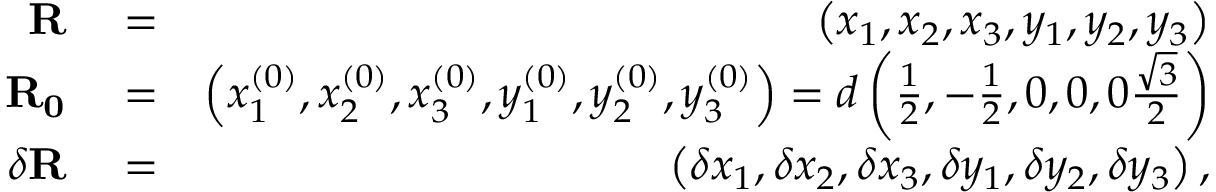
\begin{array} { r l r } { \mathbf { R } } & { { } = } & { \left( x _ { 1 } , x _ { 2 } , x _ { 3 } , y _ { 1 } , y _ { 2 } , y _ { 3 } \right) } \\ { \mathbf { R _ { 0 } } } & { { } = } & { \left( x _ { 1 } ^ { ( 0 ) } , x _ { 2 } ^ { ( 0 ) } , x _ { 3 } ^ { ( 0 ) } , y _ { 1 } ^ { ( 0 ) } , y _ { 2 } ^ { ( 0 ) } , y _ { 3 } ^ { ( 0 ) } \right) = d \left( \frac { 1 } { 2 } , - \frac { 1 } { 2 } , 0 , 0 , 0 \frac { \sqrt { 3 } } { 2 } \right) } \\ { \delta \mathbf { R } } & { { } = } & { \left( \delta x _ { 1 } , \delta x _ { 2 } , \delta x _ { 3 } , \delta y _ { 1 } , \delta y _ { 2 } , \delta y _ { 3 } \right) , } \end{array}